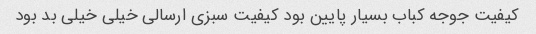
کیفیت جوجه کباب بسیار پایین بود کیفیت سبزی ارسالی خیلی خیلی بد بود